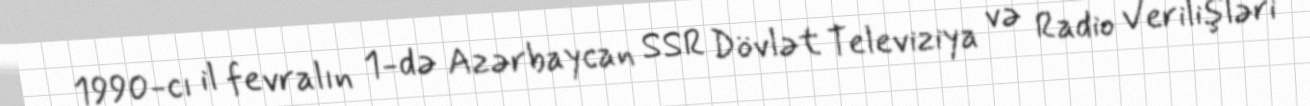
1990-cı il fevralın 1-də Azərbaycan SSR Dövlət Televiziya və Radio Verilişləri